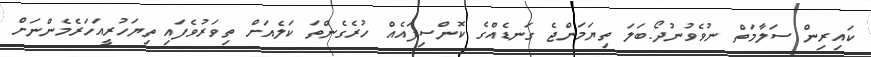
ކައިރިން ސަލާމަތް ނުވެވުނުދޯ.ބަލަ ތިޔަމަންޖެ ގަނޑެއްގެ ކޮންސިފައެއް ހުރެގެންތަ ކަލެއަށް ތިވަރުވެފައި ތިޔަހުރީއަހަރެމެންނަށް